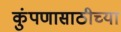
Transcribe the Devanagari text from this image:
कुंपणासाठीच्या